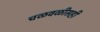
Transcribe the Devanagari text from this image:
चळवळीसही